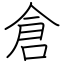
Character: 倉